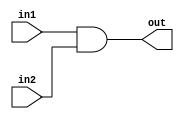
module and_gate(in1, in2, out);
input in1, in2;
output out;
and(out, in1, in2);
endmodule